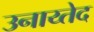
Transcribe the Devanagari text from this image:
उनाय्तेद